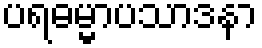
ပရဓမ္မာပသာဒနာ